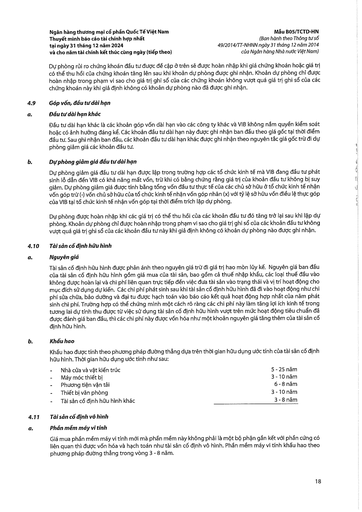
|Nhà cửa và vật kiến trúc|5-25 năm| |---|---| |Máy móc thiết bị|3-10 năm| |Phương tiện vận tải|6-8 năm| |Thiết bị văn phòng|3-10 năm| |Tài sản cố định hữu hình khác|3-8 năm|